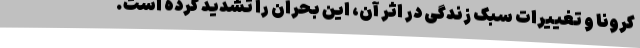
کرونا و تغییرات سبک زندگی در اثر آن، این بحران را تشدید کرده است.